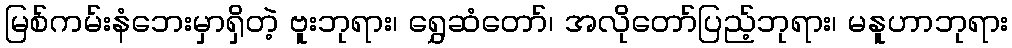
မြစ်ကမ်းနံဘေးမှာရှိတဲ့ ဗူးဘုရား၊ ရွှေဆံတော်၊ အလိုတော်ပြည့်ဘုရား၊ မနူဟာဘုရား